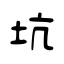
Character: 坑